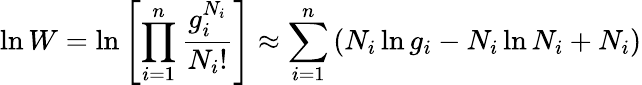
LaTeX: \ln W=\ln\left[\prod_{i=1}^{n}{\frac{g_{i}^{N_{i}}}{N_{i}!}}\right]\approx\sum_{i=1}^{n}\left(N_{i}\ln g_{i}-N_{i}\ln N_{i}+N_{i}\right)